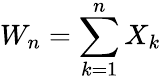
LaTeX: W_{n}=\sum_{k=1}^{n}X_{k}